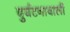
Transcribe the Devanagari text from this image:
दुर्घटनावाली